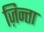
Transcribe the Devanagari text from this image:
ज़िन्ता